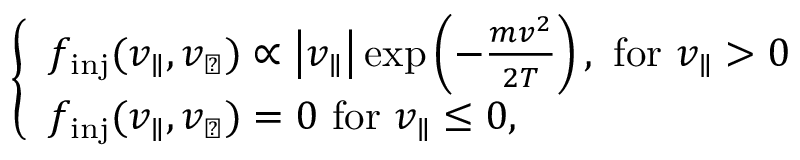
\begin{array} { r } { \left\{ \begin{array} { l l } { f _ { \mathrm { i n j } } ( v _ { \parallel } , v _ { \perp } ) \propto \left| v _ { \parallel } \right| \exp \left( - \frac { m v ^ { 2 } } { 2 T } \right) , \, \, \mathrm { f o r } \, \, v _ { \parallel } > 0 } \\ { f _ { \mathrm { i n j } } ( v _ { \parallel } , v _ { \perp } ) = 0 \, \, \mathrm { f o r } \, \, v _ { \parallel } \le 0 , } \end{array} \right. } \end{array}